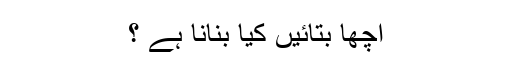
اچھا بتائیں کیا بنانا ہے ؟